Annual report of the Civil Veterinary Department, Bengal, and of the Bengal Veterinary College, for the year 1900-1901 - 1900-1901
Year: 1900
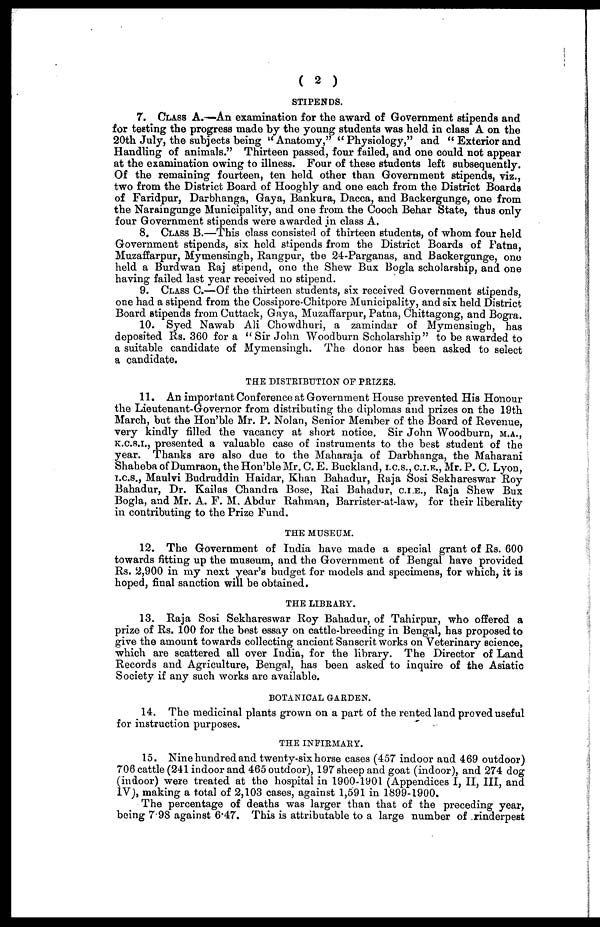
( 2 )
STIPENDS.
7. CLASS A.—An examination for the award of Government stipends and
for testing the progress made by the young students was held in class A on the
20th July, the subjects being "Anatomy," "Physiology," and "Exterior and
Handling of animals." Thirteen passed, four failed, and one could not appear
at the examination owing to illness. Four of these students left subsequently.
Of the remaining fourteen, ten held other than Government stipends, viz.,
two from the District Board of Hooghly and one each from the District Boards
of Faridpur, Darbhanga, Gaya, Bankura, Dacca, and Backergunge, one from
the Naraingunge Municipality, and one from the Cooch Behar State, thus only
four Government stipends were awarded in class A.
8. CLASS B.—This class consisted of thirteen students, of whom four held
Government stipends, six held stipends from the District Boards of Patna,
Muzaffarpur, Mymensingh, Rangpur, the 24-Parganas, and Backergunge, one
held a Burdwan Raj stipend, one the Shew Bux Bogla scholarship, and one
having failed last year received no stipend.
9. CLASS C.—Of the thirteen students, six received Government stipends,
one had a stipend from the Cossipore-Chitpore Municipality, and six held District
Board stipends from Cuttack, Gaya, Muzaffarpur, Patna, Chittagong, and Bogra.
10. Syed Nawab Ali Chowdhuri, a zamindar of Mymensingh, has
deposited Rs. 360 for a "Sir John Woodburn Scholarship" to be awarded to
a suitable candidate of Mymensingh. The donor has been asked to select
a candidate.
THE DISTRIBUTION OF PRIZES.
11. An important Conference at Government House prevented His Honour
the Lieutenant-Governor from distributing the diplomas and prizes on the 19th
March, but the Hon'ble Mr. P. Nolan, Senior Member of the Board of Revenue,
very kindly filled the vacancy at short notice. Sir John Woodburn, M.A.,
K.C.S.I., presented a valuable case of instruments to the best student of the
year. Thanks are also due to the Maharaja of Darbhanga, the Maharani
Shaheba of Dumraon, the Hon'ble Mr. C. E. Buekland, i.c.s., C.I.B., Mr. P. C. Lyon,
i.c.s., Maulvi Budruddin Haidar, Khan Bahadur, Raja Sosi Sekhareswar Roy
Bahadur, Dr. Kailas Chandra Bose, Rai Bahadur, C.I.E., Raja Shew Bux
Bogla, and Mr. A. F. M. Abdur Rahman, Barrister-at-law, for their liberality
in contributing to the Prize Fund.
THE MUSEUM.
12. The Government of India have made a special grant of Rs. 600
towards fitting up the museum, and the Government of Bengal have provided
Rs. 2,900 in my next year's budget for models and specimens, for which, it is
hoped, final sanction will be obtained.
THE LIBRARY.
13. Raja Sosi Sekhareswar Roy Bahadur, of Tahirpur, who offered a
prize of Rs. 100 for the best essay on cattle-breeding in Bengal, has proposed to
give the amount towards collecting ancient Sanscrit works on Veterinary science,
which are scattered all over India, for the library. The Director of Land
Records and Agriculture, Bengal, has been asked to inquire of the Asiatic
Society if any such works are available.
BOTANICAL GARDEN.
14. The medicinal plants grown on a part of the rented land proved useful
for instruction purposes.
THE INFIRMARY.
15. Nine hundred and twenty-six horse cases (457 indoor and 469 outdoor)
706 cattle (241 indoor and 465 outdoor), 197 sheep and goat (indoor), and 274 dog
(indoor) were treated at the hospital in 1900-1901 (Appendices I, II, III, and
IV), making a total of 2,103 cases, against 1,591 in 1899-1900.
The percentage of deaths was larger than that of the preceding year,
being 7. 98 against 6.47. This is attributable to a large number of rinderpest